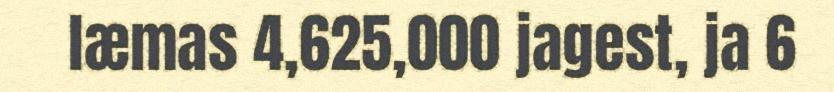
læmas 4,625,000 jagest, ja 6